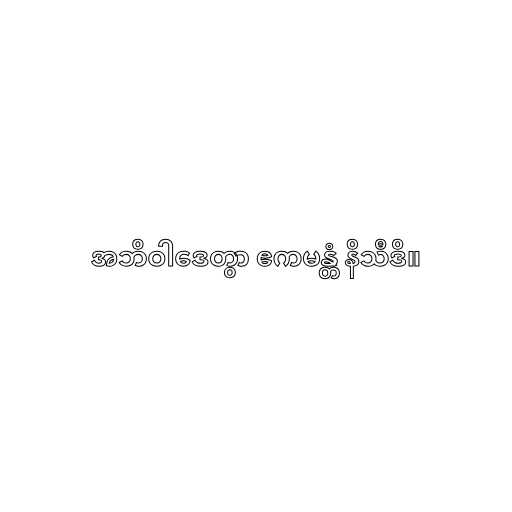
အဘိဝါဒေတွာ ဧကမန္တံ နိသီဒိ။